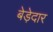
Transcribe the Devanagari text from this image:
बेड़ेदार